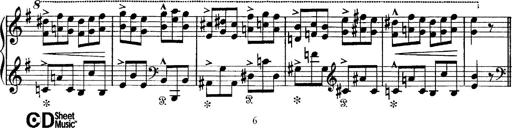
Title: Tarantelle di bravura dâ€™aprÃ¨s la tarantelle de La muette de Portici
Composer: Franz Liszt